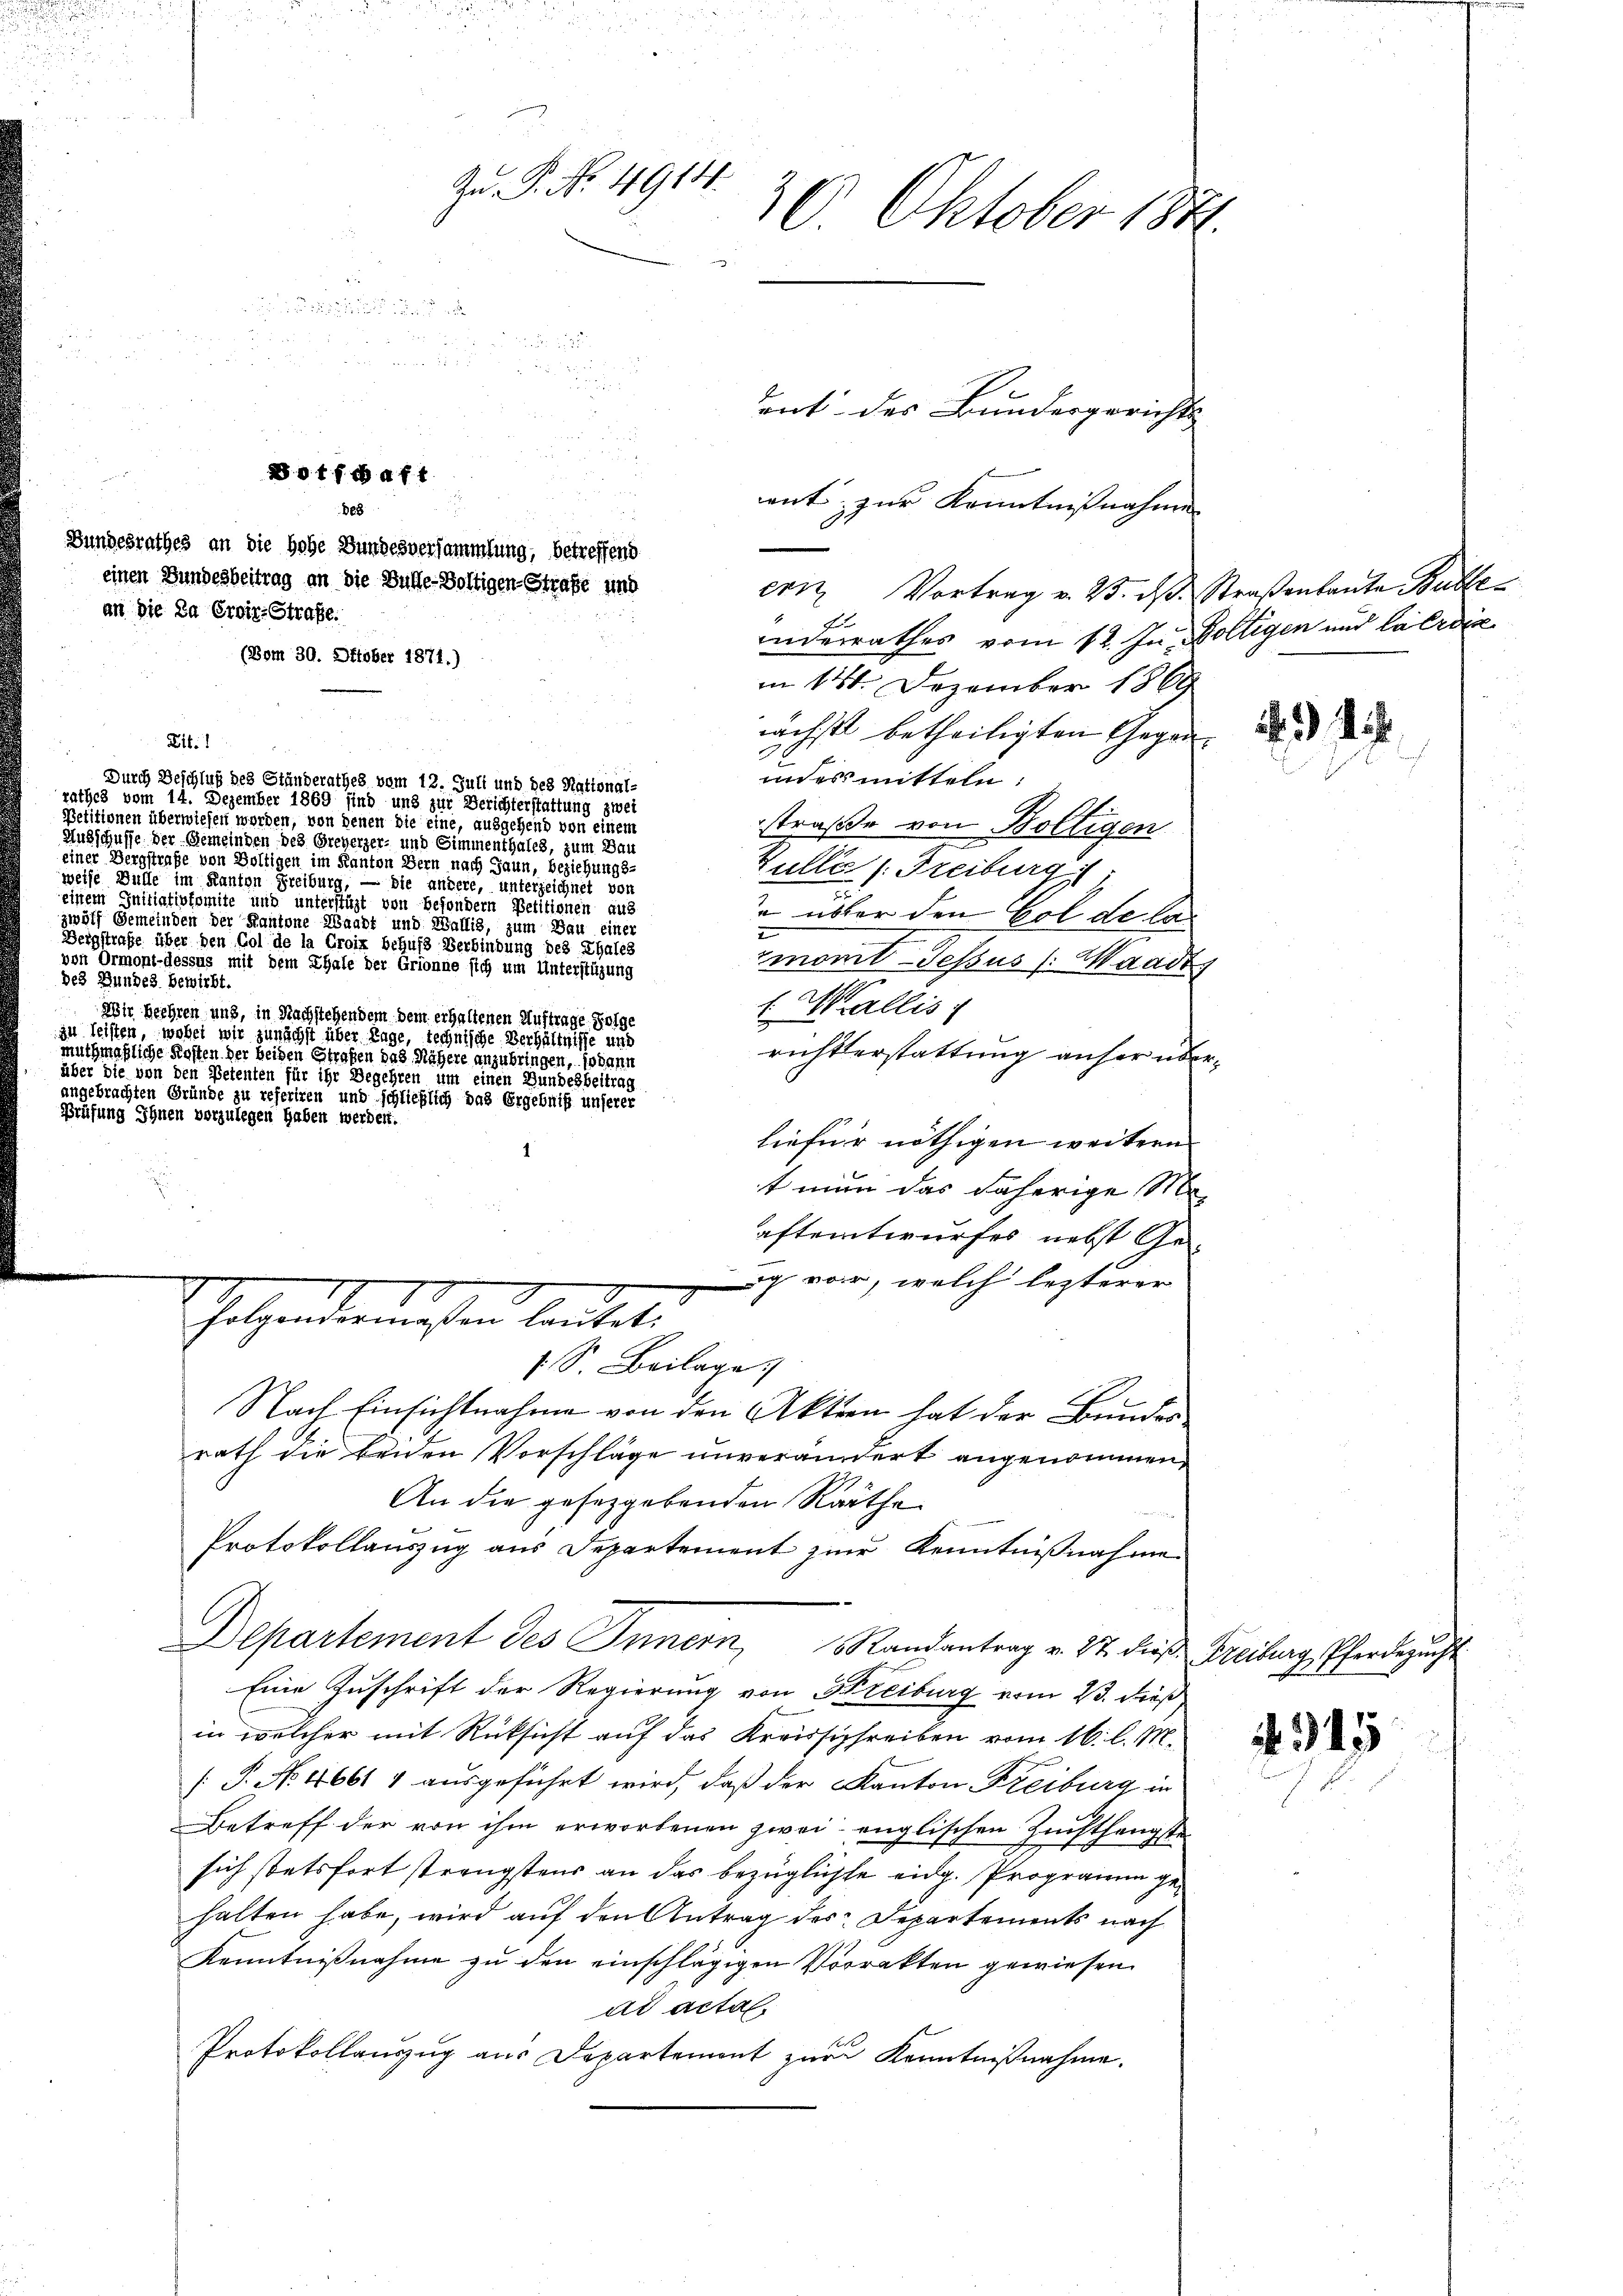
e
anderrathes vom 12. In Voltigen und Caerdie
m 12. Dezember 1869
nächst betheiligten Gegen d
indes mitteln:
Durch Beschluß des Ständerathes vom 12. Juli und des National-
rathes vom 14. Dezember 1869 sind und zur Berichterstattung zwei
Petitionen überwiesen werden, von denen die eine, ausgehend von einem
straße von Boltigen
Ansschaffe der Gemeinden des Greyerzer- und Simmenthales, zum Bau
einer Bergstage die eigen im Kanton Dein gegen Beziehungs
Kulle (Freiburg i
weise Belle im Kanton Freiburg, — sie andere entgegnet von
einem Initiationsmite und unterstüzt von besondern Petitionen aus
 übter den Gol de la
zweif Gemeinden der Haufene Waadt und Wallis, zum Das einer
Bergstrafe über den Gol de la Croix behufs Verbindung des Thales
monit Tessus (Waadt
von Ormont-dessus mit dem Thale der Grionne sich um Unterstüzung
bes Bundes bewirbt.
l Wallis
Wir beehren und, in Nachstehendem dem erhaltenen Auftrage Folge
 ,
richtserstattung anher übermuthmaßliche Kosten der beiden Strafen das Nähere anzubringen, sodann
ee einen eine von den Petenten für ihr Begehren um einen Bundesbeitrag
angetrachten Gründe zu referten und schließlich das Ergebniß unserer
Prüfung Ihnen vorzulegen haben werden.
liefer nöthigen weitern
t man das daherige M
aftentwurfes nebst Ge-
1
g war, welch lezterer
s. S. Beilage
Nach Einsichtnahme von den Aktien hat der Bundes
rath die beiden Vorschläge unverändert angenommen,
An die gesetzgebenden Räthe
Protokollauszug aus Departement zur Kenntnißnahme
Departement des Innern Randantrag v. 27. dieß Freiburg, Pferdezucht
Eine Zuschrift der Regierung von Streiburg vom 23. dieß
in welcher mit Rücksicht auf das Kreissischreiben vom 16. l. M.
[P. No. 4661 4 ausgeführt wird, daß der Kanton Freiburg in
Betreff der von ihm erworbenen zwei englischen Zunfthengste
sich stetsfort strengstens an das bezüglichte eidg. Programm gehalten habe, wird auf den Antrag des Departements nach
Kenntnißnahme zu den einschlägigen Vorrekten gewiesen.
ad actal.
Protokollauszug aus Departement zur Kenntnißnahme.

Bundesrathes an die hohe Bundesversammlung, betreffend
einen Bundesbeitrag an die Bulle-Boltigen Strafe und
an die Da Eroir-Strafe.
(Bom 30. Oktober 1871.)

Bit.1

Hetzendermaßen lautet.

Zn P. No. 4914.
20 Oktober 1851.

 8
 8

Tent des Bundesgerichts
othaft
ent, zur Kenntnißnahme
de8

ern Vortrag v. 25. ds. Straßenbaute Buble

915